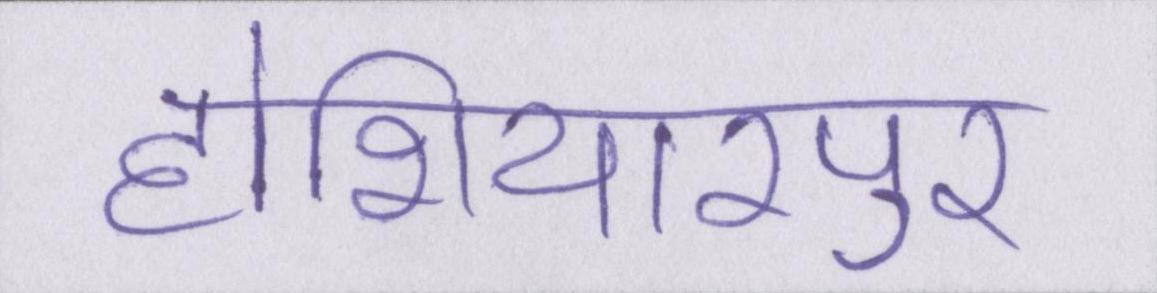
होशियारपुर